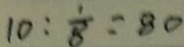
1 0 : \frac { 1 } { 8 } = 8 0